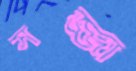
সজ্জা